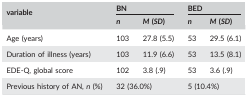
| variable | <COLSPAN=2> BN | <COLSPAN=2> BED |
 |  | n | M (SD) | n | M (SD) |
 | --- | --- | --- | --- | --- |
 | Age (years) | 103 | 27.8 (5.5) | 53 | 29.5 (6.1) |
 | Duration of illness (years) | 103 | 11.9 (6.6) | 53 | 13.5 (8.1) |
 | EDE‐Q, global score | 102 | 3.8 (.9) | 53 | 3.6 (.9) |
 | Previous history of AN, n (%) | <COLSPAN=2> 32 (36.0%) | <COLSPAN=2> 5 (10.4%) |